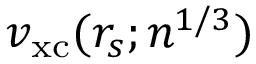
v _ { \mathrm { x c } } ( r _ { s } ; n ^ { 1 / 3 } )